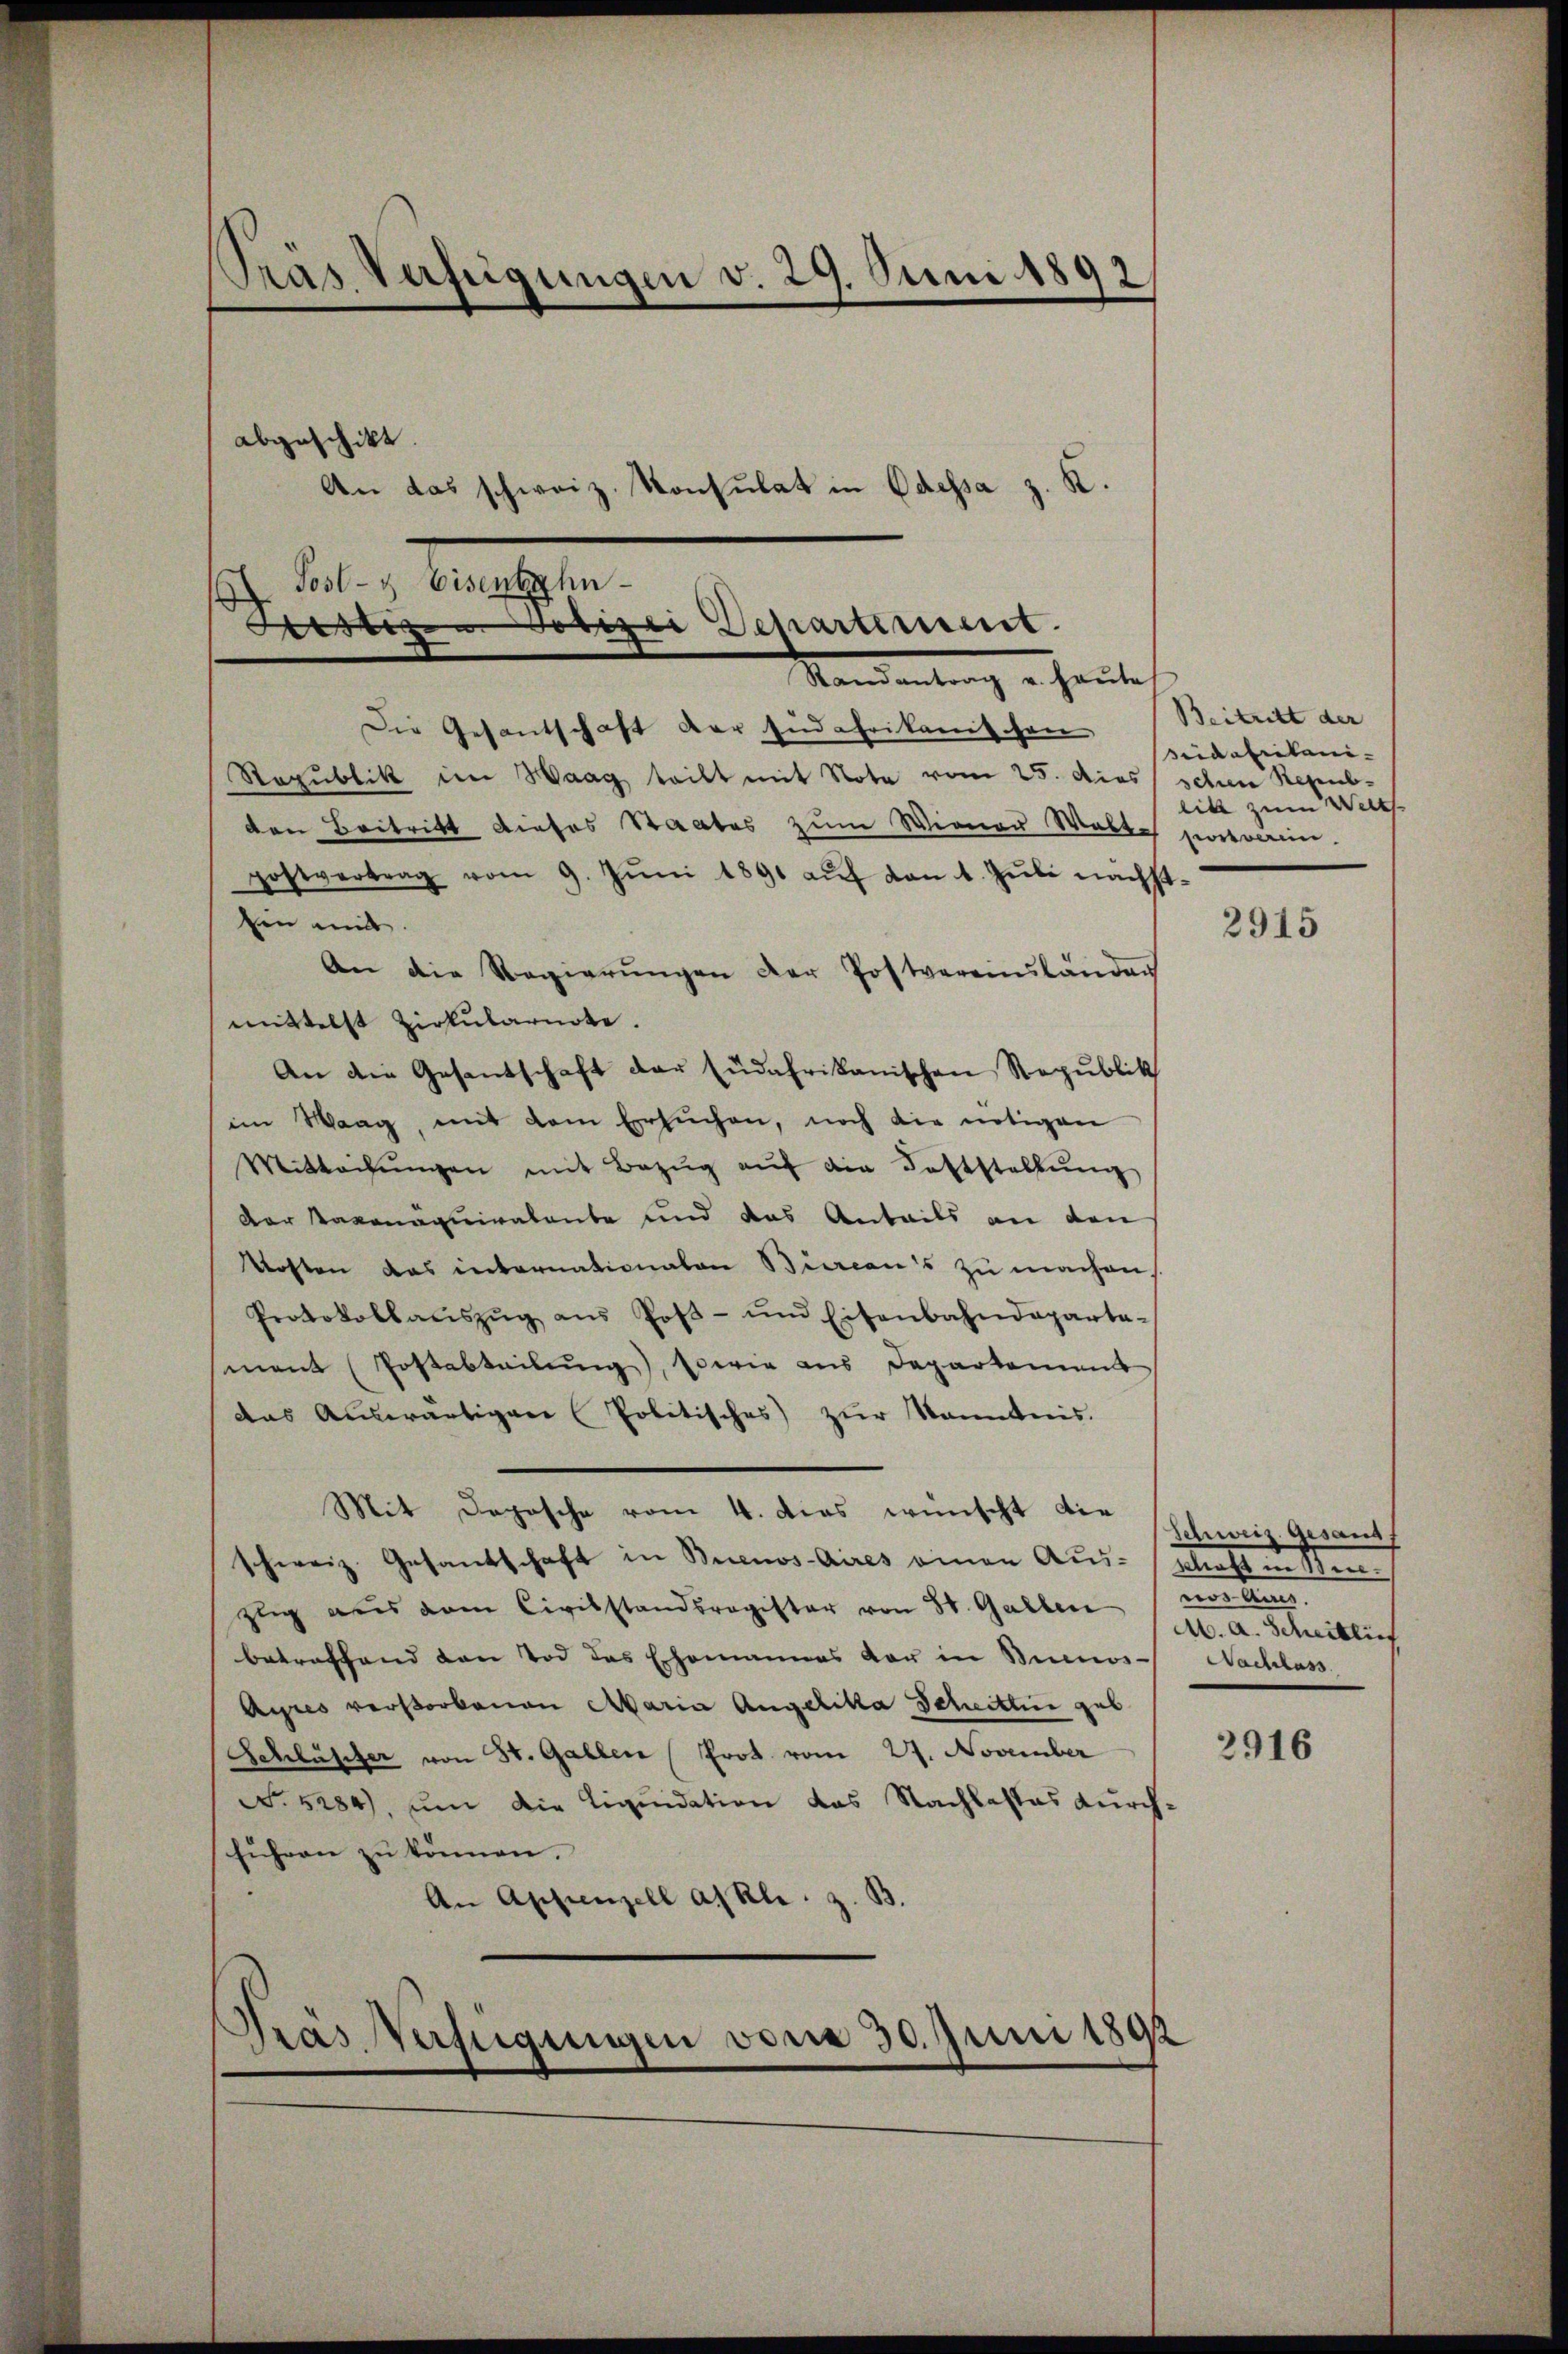
Pras Verfügungen v. 29. Juni 1892,

abgeschikt.
An das schweiz. Konsulat in Odessa z. K.

Post- & Eisenbahn-
Frostizen votize Departement.
Mandantrag er heute

Prás Verfügungen von 30. Juni 1892

Die Gesandtschaft der sind Chrikanischen
Republik im Haag teilt mit Note vom 25. dies
den Beitritt dieses Staates zum Wiener Walte portverein.
postvertrag vom 9. Jŭni 1891 aŭf von 1. Juli nach
Ein mit.
An die Regierŭngen der Postvereinsländen
mittelst Zirkularnote.
An die Gesantschaft der südafrikanischen Republik
im Maag, mit dem Ersuchen, noch die nötigen
Mitteilŭngen mit Bezŭg aŭf die Feststellŭng
Der Saxonaquiratente und das Anteils an den
Kosten das internationalen Biercan's zu machen,
Protokollaŭszŭg ans Poβ- und Eisenbahndeparta-
mant (Postabteilŭng, sowie aus Departement
das Auswärtigen Politisches zŭr Kenntnis.
Mit Deposche vom 4. dies wünscht die
schweiz. Gesandschaft in Buenos-Aires einen Auslast in Sten
zlig aus dem Civilstandsregister von St. Gallen (wos Aires.
betreffend den Tod des Ehemannes vor in Simos - Nachlass
Ayres verstorbenen Maria Angelika Scheitlin geb
Schlüsser von St. Gallen (Prot. vom 27. November
No. 5284), um die Liquidation das Nachlastes durch¬
Euhren zu können.
An Appenzell a. Kl. z. B.

Beitritt der
ridafrikani-
schen Republik zum Welts
st¬

2915

Schweiz. Gesandt
A. a. Scheitlich

2916